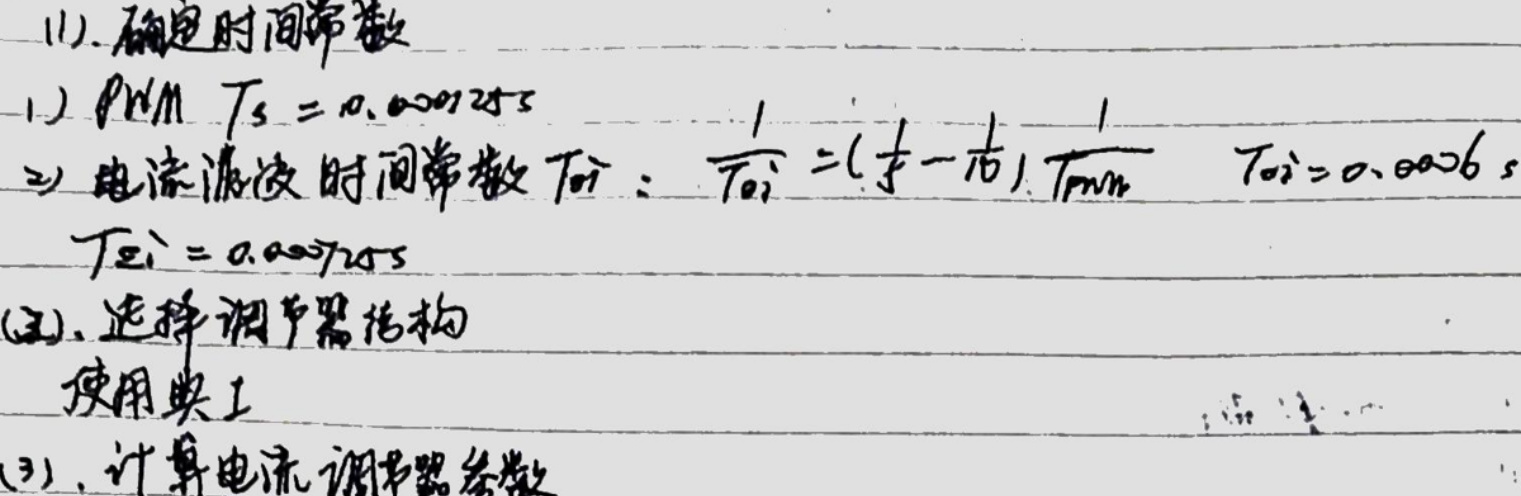
1. 确定时间常数
   - 1) PWM \(T_s = 0.000125s\)
   - 2) 电流滤波时间常数 \(T_{oi}\)：\(\frac{1}{T_{oi}}=(\frac{1}{T}-\frac{1}{T_{min}})\)，\(T_{oi}=0.0026s\)，\(T_{\sum i}=0.000725s\)
2. 选择调节器结构
   - 使用典 I
3. 计算电流调节器参数